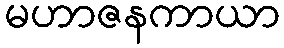
မဟာဇနကာယာ